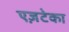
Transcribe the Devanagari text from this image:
एज़टेका